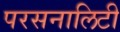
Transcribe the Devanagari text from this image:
परसनालिटी